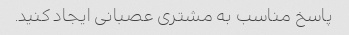
پاسخ مناسب به مشتری عصبانی ایجاد کنید.